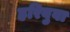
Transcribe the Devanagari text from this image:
हरिबुवा